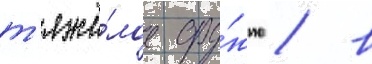
т'яжё́лое ору́жие / в